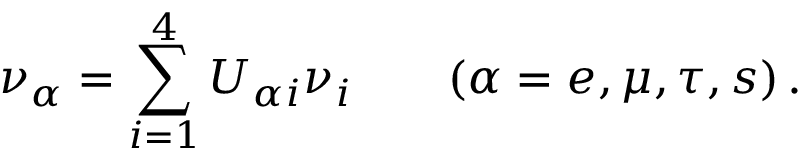
\nu _ { \alpha } = \sum _ { i = 1 } ^ { 4 } U _ { \alpha i } \nu _ { i } \qquad ( \alpha = e , \mu , \tau , s ) \, .